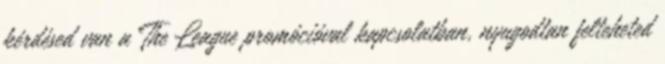
kérdésed van a The League promócióval kapcsolatban, nyugodtan felteheted